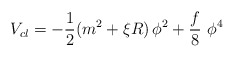
\begin{align*}V_{cl}=-\frac{1}{2}(m^{2}+\xi R)\,\phi ^{2}+\frac{f}{8}\,\,\phi ^{4}\end{align*}